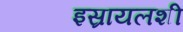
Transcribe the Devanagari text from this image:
इस्रायलशी